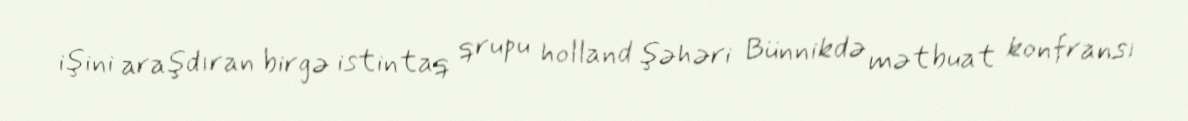
işini araşdıran birgə istintaq qrupu holland şəhəri Bünnikdə mətbuat konfransı